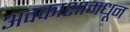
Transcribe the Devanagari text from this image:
अवकाशामधून